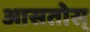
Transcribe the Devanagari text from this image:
आसतोस्